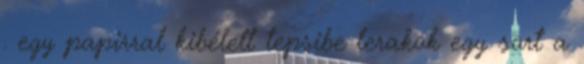
. egy papirral kibélelt tepsibe lerakok egy sort a